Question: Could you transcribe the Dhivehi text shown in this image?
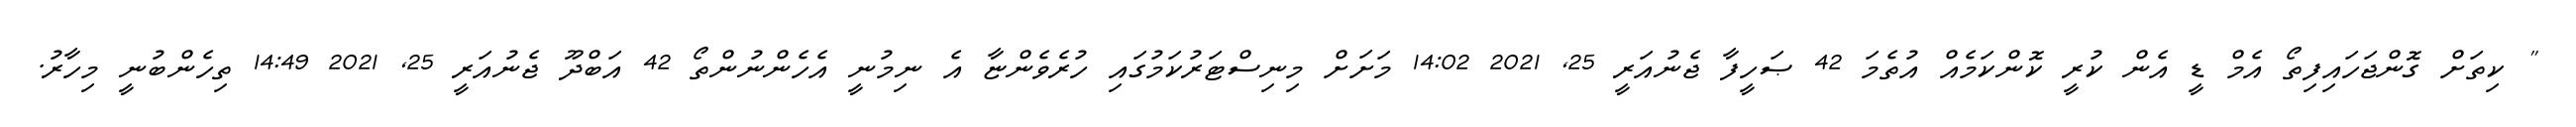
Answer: " ކިތަށް ގޮންޖަހައިފިތޯ އެމް ޑީ އެން ކުރީ ކޮންކަމެއް އުތެމަ 42 ޞަހީފާ ޖެނުއަރީ 25, 2021 14:02 މަށަށް މިނިސްޓަރުކަމުގައި ހުރެވެންޏާ އެ ނިމުނީ އެހެންނުންތޯ 42 އަބްދޫ ޖެނުއަރީ 25, 2021 14:49 ތިހެންބުނީ މިހާރު.